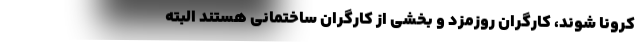
کرونا شوند، کارگران روزمزد و بخشی از کارگران ساختمانی هستند البته